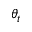
\theta _ { t }